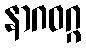
နာဂဝဂ္ဂ